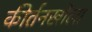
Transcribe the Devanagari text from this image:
कीर्तनखोला